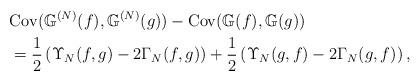
LaTeX: \begin{align*}& \mathrm{Cov}(\mathbb{G}^{(N)}(f),\mathbb{G}^{(N)}(g))-\mathrm{Cov}(\mathbb{G}(f),\mathbb{G}(g))\\& =\frac{1}{2}\left( \Upsilon_{N}(f,g)-2\Gamma_{N}(f,g)\right) +\frac{1}{2}\left( \Upsilon_{N}(g,f)-2\Gamma_{N}(g,f)\right),\end{align*}